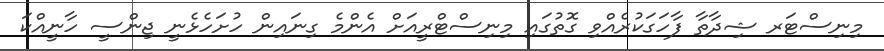
މިނިސްޓަރ ޝިދާތާ ފާހަގަކުރެއްވި ގޮތުގައި މިނިސްޓްރީއަށް އެންމެ ގިނައިން ހުށަހެޅެނީ ޖިންސީ ހާނީއްކަ